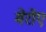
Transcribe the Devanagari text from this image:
मेरोए